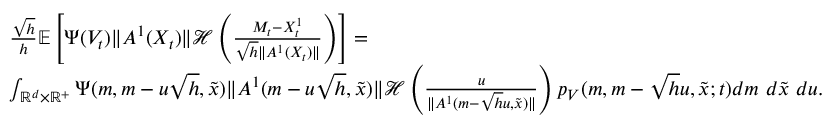
\begin{array} { r l } & { \frac { \sqrt { h } } { h } { \mathbb E } \left[ \Psi ( V _ { t } ) \| A ^ { 1 } ( X _ { t } ) \| { \mathcal H } \left( \frac { M _ { t } - { X _ { t } ^ { 1 } } } { \sqrt { h } \| A ^ { 1 } ( X _ { t } ) \| } \right) \right] = } \\ & { \int _ { { \mathbb R } ^ { d } \times \mathbb R ^ { + } } \Psi ( m , m - u \sqrt { h } , \tilde { x } ) \| A ^ { 1 } ( m - u \sqrt { h } , \tilde { x } ) \| { \mathcal H } \left( \frac { u } { \| A ^ { 1 } ( m - \sqrt { h } u , \tilde { x } ) \| } \right) p _ { V } ( m , m - \sqrt { h } u , \tilde { x } ; t ) d m ~ d \tilde { x } ~ d u . } \end{array}